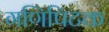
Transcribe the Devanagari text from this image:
गणिपिटक